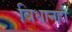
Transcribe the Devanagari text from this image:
विधानही